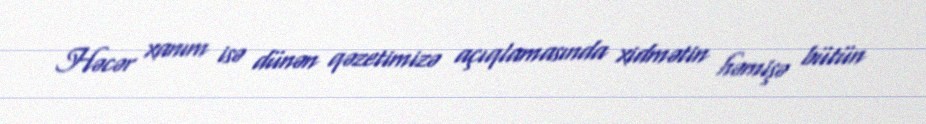
Həcər xanım isə dünən qəzetimizə açıqlamasında xidmətin həmişə bütün